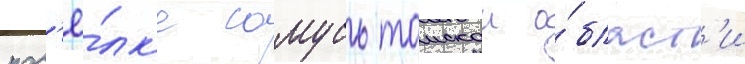
пос'ё́лк'е самусь томскои о́бласт'и